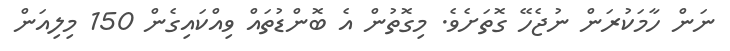
ނަން ހާމަކުރަން ނުޖެހޭ ގޮތަށެވެ. މިގޮތުން އެ ބޮންޑުތައް ވިއްކައިގެން 150 މިލިއަން